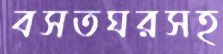
বসতঘরসহ